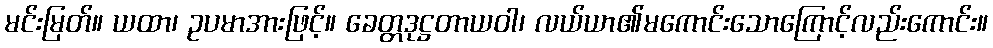
မင်းမြတ်။ ယထာ၊ ဥပမာအားဖြင့်။ ခေတ္တဒုဋ္ဌတာယဝါ၊ လယ်ယာ၏မကောင်းသောကြောင့်လည်းကောင်း။